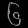
Digit: ၆